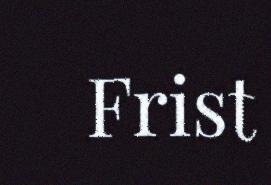
Frist